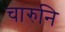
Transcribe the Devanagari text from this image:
चारुनि